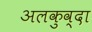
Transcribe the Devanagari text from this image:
अलकुव्दा